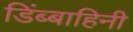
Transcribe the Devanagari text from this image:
डिंब्बाहिनी